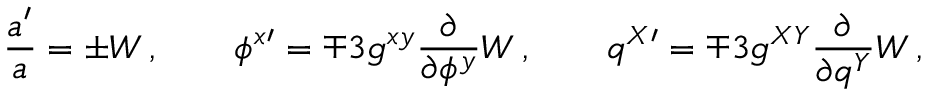
\frac { a ^ { \prime } } { a } = \pm W \, , \qquad \phi ^ { x \prime } = \mp 3 g ^ { x y } \frac { \partial } { \partial \phi ^ { y } } W \, , \qquad q ^ { X \prime } = \mp 3 g ^ { X Y } \frac { \partial } { \partial q ^ { Y } } W \, ,